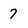
Character: 7